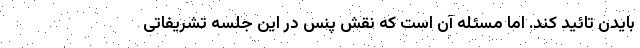
بایدن تائید کند. اما مسئله آن است که نقش پنس در این جلسه تشریفاتی